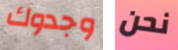
وجدوك نحن